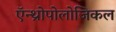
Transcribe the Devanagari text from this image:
ऍन्थ्रोपोलोजिकल